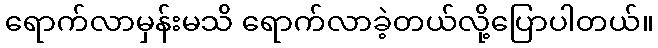
ရောက်လာမှန်းမသိ ရောက်လာခဲ့တယ်လို့ပြောပါတယ်။